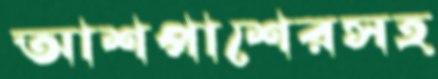
আশপাশেরসহ